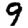
Digit: 9